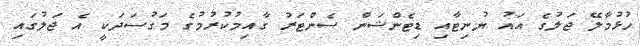
ހުޅުމާލޭ ޖަލުގެ އައު ޔުނިޓާއި ޑިޓެންޝަން ސެންޓަރު ގާއިމުކުރުމުގެ މަގުސަދަކީ އެ ޖަލުގައި